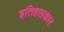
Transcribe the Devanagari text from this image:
इतिहसकार